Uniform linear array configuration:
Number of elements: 64
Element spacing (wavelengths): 1
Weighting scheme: cosine
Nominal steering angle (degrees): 30
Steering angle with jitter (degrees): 31.988
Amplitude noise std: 0.05
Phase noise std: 0.05

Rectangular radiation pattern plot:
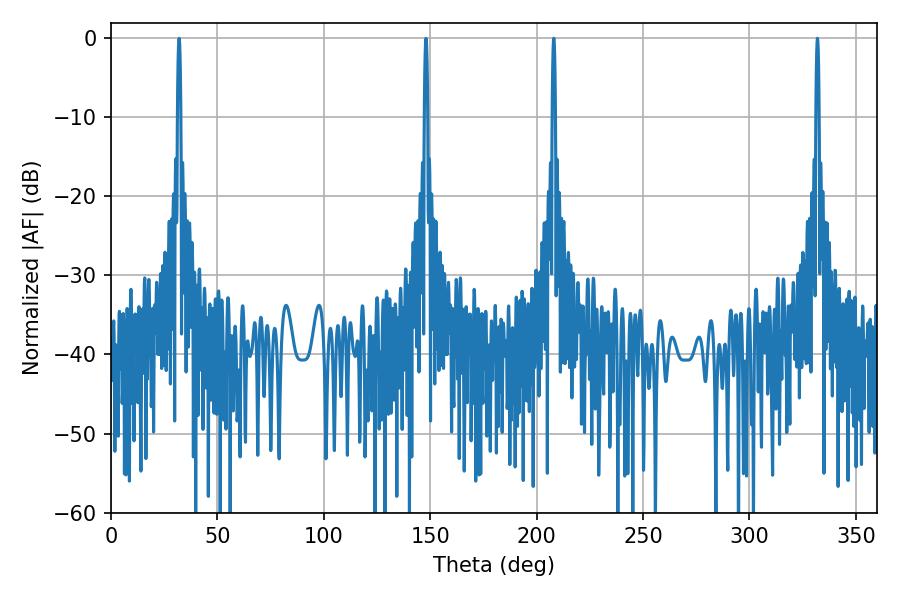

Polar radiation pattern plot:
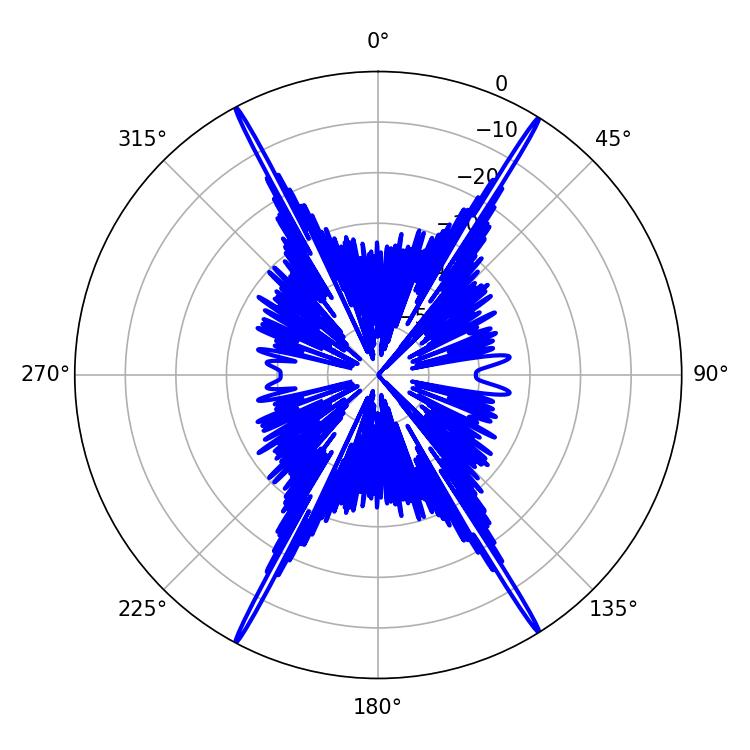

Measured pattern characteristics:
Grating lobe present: TRUE
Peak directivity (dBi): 28.388
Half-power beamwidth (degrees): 0.72
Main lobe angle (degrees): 331.92